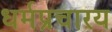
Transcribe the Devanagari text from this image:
धर्मप्रचारय